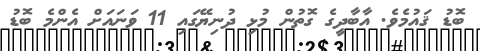
ބޮޑު ޤައުމެވެ. އާބާދީގެ ގޮތުން މުޅި ދުނިޔޭގައި 11 ވަނައަށް އެންމެ ބޮޑު